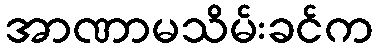
အာဏာမသိမ်းခင်က